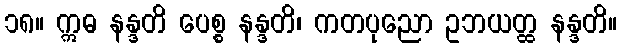
၁၈။ ဣဓ နန္ဒတိ ပေစ္စ နန္ဒတိ၊ ကတပုညော ဥဘယတ္ထ နန္ဒတိ။